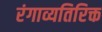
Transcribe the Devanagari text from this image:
रंगाव्यतिरिक्त